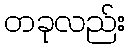
တခုလည်း